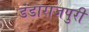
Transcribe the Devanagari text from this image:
डंडाराजपुरी